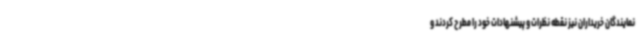
نمایندگان خریداران نیز نقطه نظرات و پیشنهادات خود را مطرح کردند و